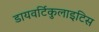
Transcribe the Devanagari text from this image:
डायवर्टिकुलाइटिस